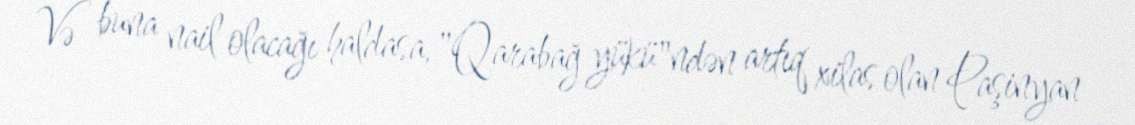
Və buna nail olacağı haldasa, "Qarabağ yükü"ndən artıq xilas olan Paşinyan